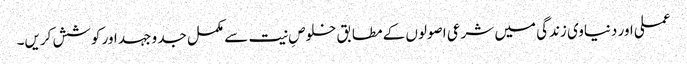
عملی اور دنیاوی زندگی میں شرعی اصولوں کے مطابق خلوصِ نیت سے مکمل جد و جہد اور کوشش کریں۔